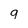
Character: 9